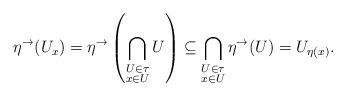
LaTeX: \begin{align*}\eta^\rightarrow(U_x) = \eta^\rightarrow\left(\bigcap_{\substack{U \in \tau \\ x \in U}} U\right) \subseteq \bigcap_{\substack{U \in \tau \\ x \in U}} \eta^\rightarrow(U) = U_{\eta(x)}.\end{align*}